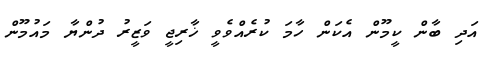
އަދި ބާން ކީމޫން އެކަން ހާމަ ކުރެއްވެވީ ޚާރިޖީ ވަޒީރު ދުންޔާ މައުމޫން